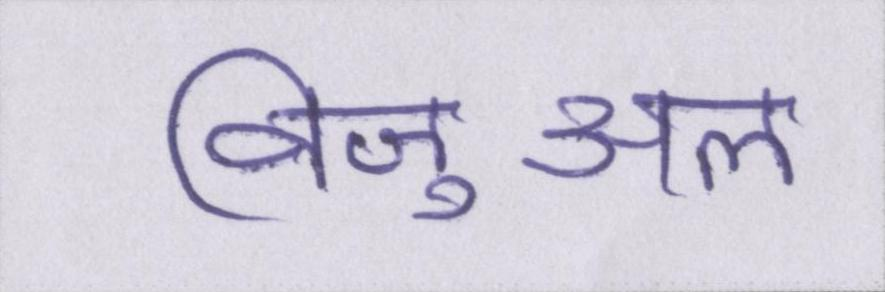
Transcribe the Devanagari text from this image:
विजुअल